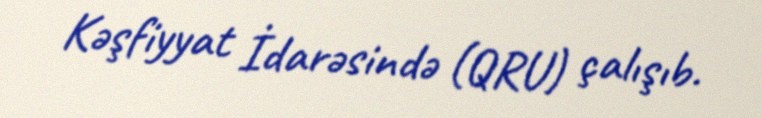
Kəşfiyyat İdarəsində (QRU) çalışıb.